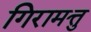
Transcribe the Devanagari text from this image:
गिरामत्तु